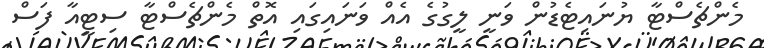
މެންޗެސްޓާ ޔުނައިޓެޑުން ވަނީ ލީގުގެ އެއް ވަނައިގައި އޮތް މެންޗެސްޓާ ސިޓީއާ ފަސް